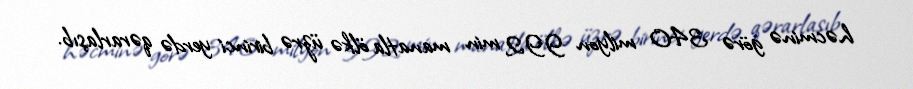
həcminə görə 340 milyon 992 min manatla ölkə üzrə birinci yerdə qərarlaşıb.